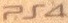
PS4